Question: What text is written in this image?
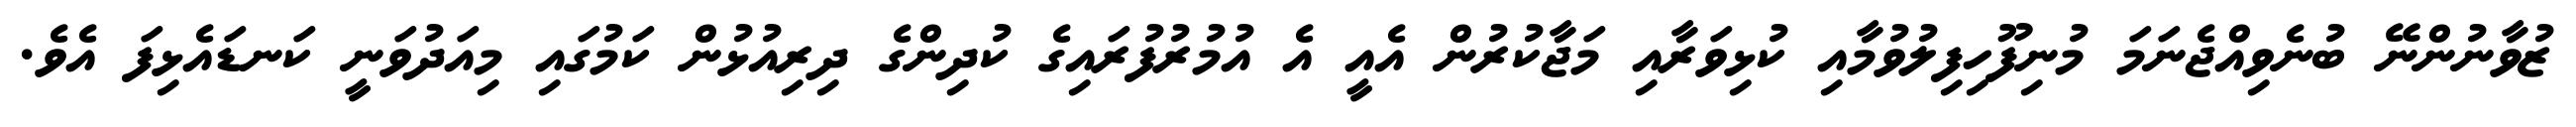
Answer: ޒުވާނުންނޭ ބުނެވިއްޖެނަމަ މުނިފޫހިފިލުވުމާއި ކުޅިވަރާއި މަޖާކުރުން އެއީ އެ އުމުރުފުރައިގެ ކުދިންގެ ދިރިއުޅުން ކަމުގައި މިއަދުވަނީ ކަނޑައެޅިފަ އެވެ.